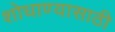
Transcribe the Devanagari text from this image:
शोधाण्यासाठी